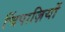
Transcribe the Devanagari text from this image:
चिंपाज़ियों